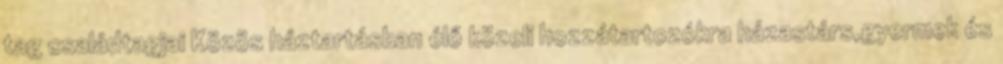
tag családtagjai Közös háztartásban élő közeli hozzátartozókra házastárs,gyermek és